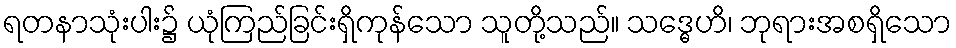
ရတနာသုံးပါး၌ ယုံကြည်ခြင်းရှိကုန်သော သူတို့သည်။ သဒ္ဓေဟိ၊ ဘုရားအစရှိသော